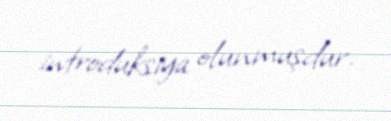
introduksiya olunmuşdur.